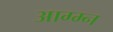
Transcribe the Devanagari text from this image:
आग्म्न